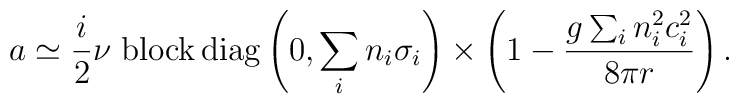
a\simeq\frac{i}{2} \nu \; {\rm  block \, diag} \left(0,\sum_i n_i \sigma_i \right) \times \left( 1 - \frac{g\sum_i n_i^2 c_i^2}{8\pi r} \right).